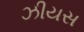
ઝીયસ